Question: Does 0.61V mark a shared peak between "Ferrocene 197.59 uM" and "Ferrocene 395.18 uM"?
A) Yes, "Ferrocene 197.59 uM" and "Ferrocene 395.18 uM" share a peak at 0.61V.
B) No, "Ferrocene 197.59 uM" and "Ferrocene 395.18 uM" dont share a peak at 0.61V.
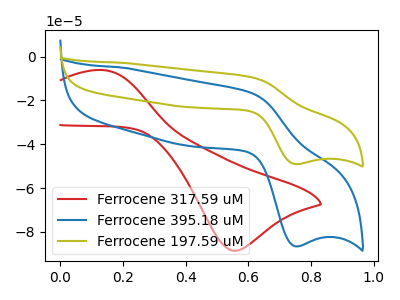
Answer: <think>The red curve "Ferrocene 317.59 uM" has an anodic peak at (0.15V, -6.20uA) and a cathodic peak at (0.55V, -88.55uA). The blue curve "Ferrocene 395.18 uM" has an anodic peak at (0.60V, -16.60uA) and a cathodic peak at (0.75V, -86.55uA). The olive curve "Ferrocene 197.59 uM" has an anodic peak at (0.60V, -9.40uA) and a cathodic peak at (0.75V, -49.05uA).</think>
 <answer>A) Yes, "Ferrocene 197.59 uM" and "Ferrocene 395.18 uM" share a peak at 0.61V.</answer>
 <eval>A</eval>